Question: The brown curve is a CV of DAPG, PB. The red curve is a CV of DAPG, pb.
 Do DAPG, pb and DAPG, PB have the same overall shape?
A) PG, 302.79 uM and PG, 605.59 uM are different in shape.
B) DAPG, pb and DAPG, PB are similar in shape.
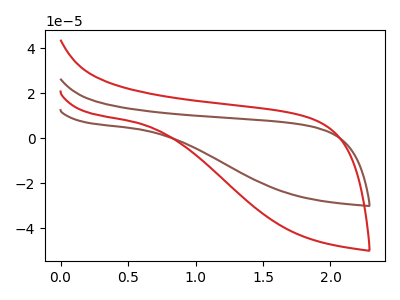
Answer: <think>The brown curve "DAPG, PB" has no peaks. The red curve "DAPG, pb" has no peaks.
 Neither "DAPG, pb" or "DAPG, PB" have any peaks.</think>
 <answer>B) "DAPG, pb" and "DAPG, PB" are similar in shape.</answer>
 <eval>B</eval>